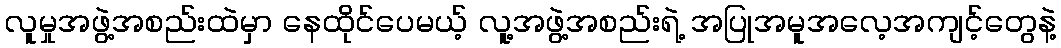
လူမှုအဖွဲ့အစည်းထဲမှာ နေထိုင်ပေမယ့် လူ့အဖွဲ့အစည်းရဲ့ အပြုအမူအလေ့အကျင့်တွေနဲ့